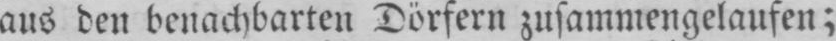
aus den benachbarten Dörfern zusammengelaufen;